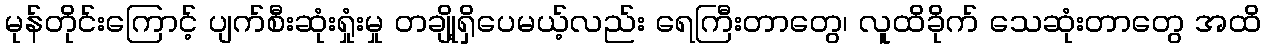
မုန်တိုင်းကြောင့် ပျက်စီးဆုံးရှုံးမှု တချို့ရှိပေမယ့်လည်း ရေကြီးတာတွေ၊ လူထိခိုက် သေဆုံးတာတွေ အထိ